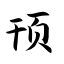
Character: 顸